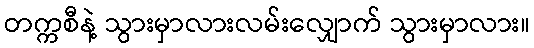
တက္ကစီနဲ့ သွားမှာလားလမ်းလျှောက် သွားမှာလား။